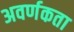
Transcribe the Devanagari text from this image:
अवर्णकता